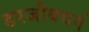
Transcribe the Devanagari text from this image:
डरजौबवर्ग